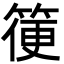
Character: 箯